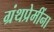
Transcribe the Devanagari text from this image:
ग्रंथप्रेमींना